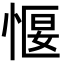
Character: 愝